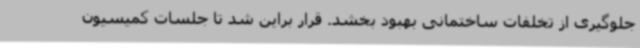
جلوگیری از تخلفات ساختمانی بهبود بخشد. قرار براین شد تا جلسات کمیسیون